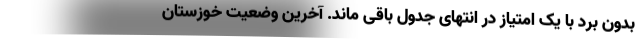
بدون برد با یک امتیاز در انتهای جدول باقی ماند. آخرین وضعیت خوزستان